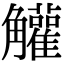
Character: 䚭